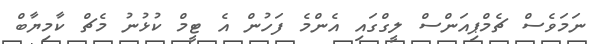
ނަމަވެސް ޗެމްޕިއަންސް ލީގްގައި އެންމެ ފަހުން އެ ޓީމް ކުޅުނު މެޗް ކާމިޔާބް